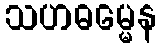
သဟဓမ္မေန